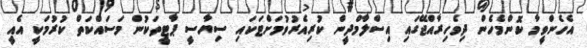
އެހެންވީމާ ކޮންމެހެން ދިވެހިރާއްޖޭގައި އިސްލާމްދީން ކުރިއެރުވުމަށްޓަކައި ސިޔާސީ ޕާޓީތަކުން މަސައްކަތް ކުރުމަކީ އެއީ